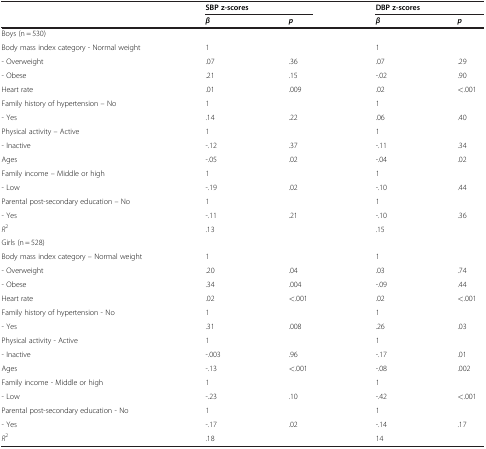
<table><thead><tr><td><b> </b></td><td colspan="2"><b>SBP z-scores</b></td><td colspan="2"><b>DBP z-scores</b></td></tr><tr><td><b> </b></td><td><b><i>β</i></b></td><td><b><i>p</i></b></td><td><b><i>β</i></b></td><td><b><i>p</i></b></td></tr></thead><tbody><tr><td colspan="5">Boys (n = 530)</td></tr><tr><td>Body mass index category - Normal weight</td><td>1</td><td> </td><td>1</td><td> </td></tr><tr><td>- Overweight</td><td>.07</td><td>.36</td><td>.07</td><td>.29</td></tr><tr><td>- Obese</td><td>.21</td><td>.15</td><td>-.02</td><td>.90</td></tr><tr><td>Heart rate</td><td>.01</td><td>.009</td><td>.02</td><td>&lt;.001</td></tr><tr><td>Family history of hypertension – No</td><td>1</td><td> </td><td>1</td><td> </td></tr><tr><td>- Yes</td><td>.14</td><td>.22</td><td>.06</td><td>.40</td></tr><tr><td>Physical activity – Active</td><td>1</td><td> </td><td>1</td><td> </td></tr><tr><td>- Inactive</td><td>-.12</td><td>.37</td><td>-.11</td><td>.34</td></tr><tr><td>Ages</td><td>-.05</td><td>.02</td><td>-.04</td><td>.02</td></tr><tr><td>Family income – Middle or high</td><td>1</td><td> </td><td>1</td><td> </td></tr><tr><td>- Low</td><td>-.19</td><td>.02</td><td>-.10</td><td>.44</td></tr><tr><td>Parental post-secondary education – No</td><td>1</td><td> </td><td>1</td><td> </td></tr><tr><td>- Yes</td><td>-.11</td><td>.21</td><td>-.10</td><td>.36</td></tr><tr><td><i>R</i><sup>2</sup></td><td colspan="2">.13</td><td colspan="2">.15</td></tr><tr><td colspan="5">Girls (n = 528)</td></tr><tr><td>Body mass index category – Normal weight</td><td>1</td><td> </td><td>1</td><td> </td></tr><tr><td>- Overweight</td><td>.20</td><td>.04</td><td>.03</td><td>.74</td></tr><tr><td>- Obese</td><td>.34</td><td>.004</td><td>-.09</td><td>.44</td></tr><tr><td>Heart rate</td><td>.02</td><td>&lt;.001</td><td>.02</td><td>&lt;.001</td></tr><tr><td>Family history of hypertension - No</td><td>1</td><td> </td><td>1</td><td> </td></tr><tr><td>- Yes</td><td>.31</td><td>.008</td><td>.26</td><td>.03</td></tr><tr><td>Physical activity - Active</td><td>1</td><td> </td><td>1</td><td> </td></tr><tr><td>- Inactive</td><td>-.003</td><td>.96</td><td>-.17</td><td>.01</td></tr><tr><td>Ages</td><td>-.13</td><td>&lt;.001</td><td>-.08</td><td>.002</td></tr><tr><td>Family income - Middle or high</td><td>1</td><td> </td><td>1</td><td> </td></tr><tr><td>- Low</td><td>-.23</td><td>.10</td><td>-.42</td><td>&lt;.001</td></tr><tr><td>Parental post-secondary education - No</td><td>1</td><td> </td><td>1</td><td> </td></tr><tr><td>- Yes</td><td>-.17</td><td>.02</td><td>-.14</td><td>.17</td></tr><tr><td><i>R</i><sup>2</sup></td><td colspan="2">.18</td><td colspan="2">14</td></tr></tbody></table>